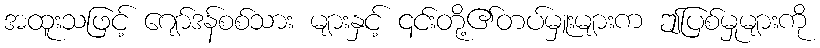
အထူးသဖြင့် ဂျော်ဒန်စစ်သား များနှင့် ၎င်းတို့၏တပ်မှူးများက ဤပြစ်မှုများကို